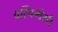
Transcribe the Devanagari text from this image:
पस्चिमोत्तरी